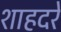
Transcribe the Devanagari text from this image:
शाहदरे